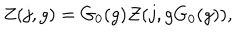
Z ( j , g ) = G _ { 0 } ( g ) { \cal Z } ( j , g G _ { 0 } ( g ) ) ,